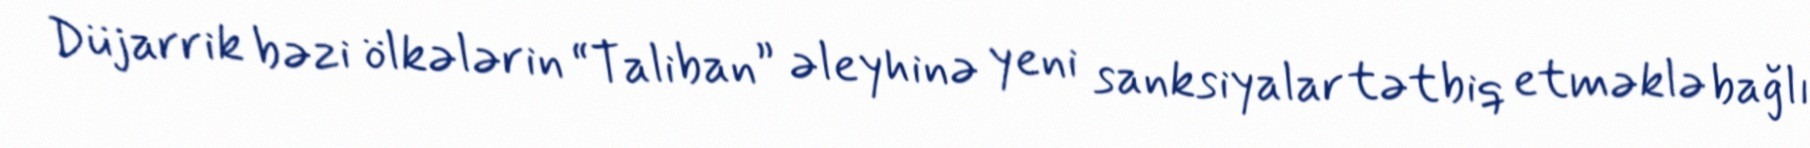
Düjarrik bəzi ölkələrin “Taliban” əleyhinə yeni sanksiyalar tətbiq etməklə bağlı